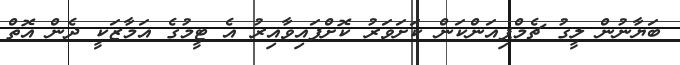
ބަޔާނުން ލީގު ޗެމްޕިއަންކަން ކަށަވަރު ކޮށްފައިވާއިރު އެ ޓީމުގެ އަމާޒަކީ ދެން އޮތް